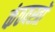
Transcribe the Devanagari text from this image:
कंठवस्त्रों